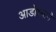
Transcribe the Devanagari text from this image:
आडोश्याने